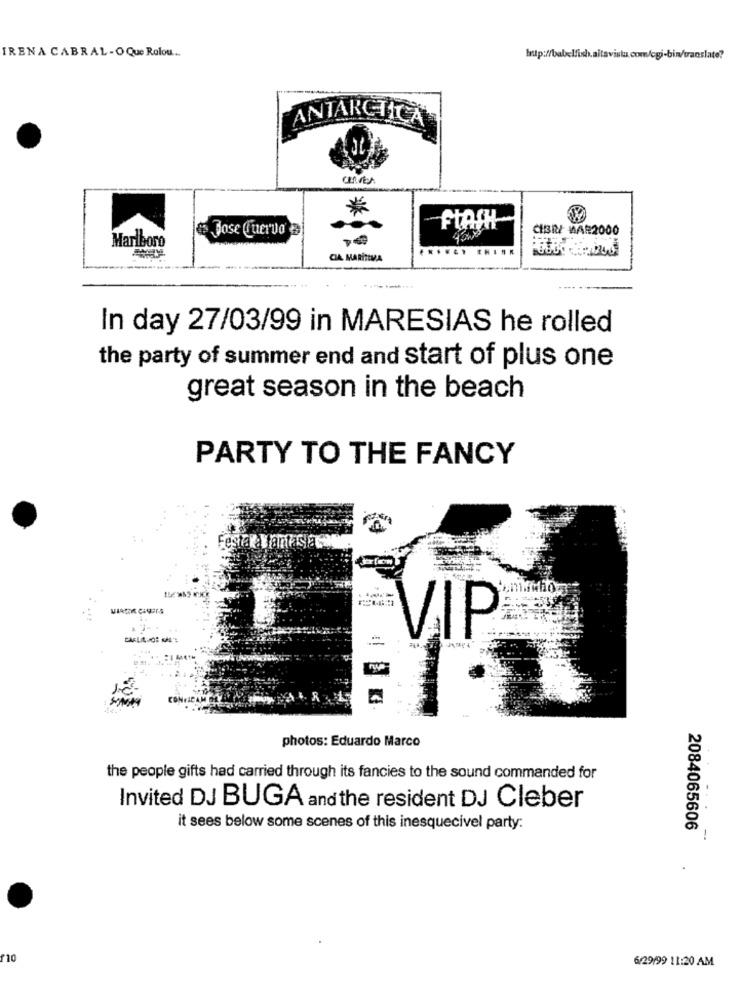
IRENA CABRAL -O Que Rolou ..
ANTARCTICA
-FLASH
Jose Cuervo
CIBRI MAR2000
Marlboro
CIA MARÍTIMA
In day 27/03/99 in MARESIAS he rolled
the party of summer end and start of plus one
great season in the beach
PARTY TO THE FANCY
VAIF
photos: Eduardo Marco
the people gifts had carried through its fancies to the sound commanded for
Invited DJ BUGA and the resident DJ Cleber
...
it sees below some scenes of this inesquecível party:
2084065606
-
110
6/29/99 11:20 AM